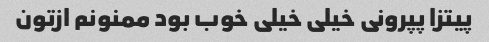
پیتزا پپرونی خیلی خیلی خوب بود ممنونم ازتون